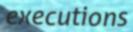
executions